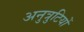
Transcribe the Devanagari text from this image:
अनुत्रुटियों